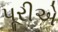
પૂરીએ